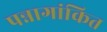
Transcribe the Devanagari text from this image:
पन्नागांकित